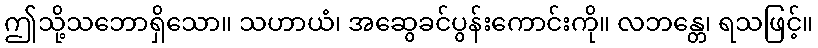
ဤသို့သဘောရှိသော။ သဟာယံ၊ အဆွေခင်ပွန်းကောင်းကို။ လဘန္တေ၊ ရသဖြင့်။